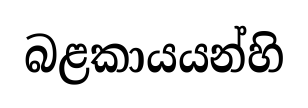
බළකායයන්හි